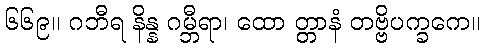
၆၆၉။ ဂဘီရ နိန္န ဂမ္ဘီရာ၊ ထော တ္တာနံ တဗ္ဗိပက္ခကေ။